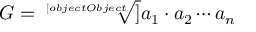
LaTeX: G = { \sqrt [ [object Object] ] { a _ { 1 } \cdot a _ { 2 } \cdots a _ { n } } }